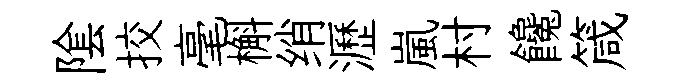
隂挍毫槲绡瀝嵐村饞箴